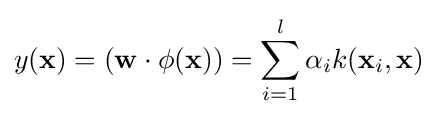
y(\mathbf {x} )=(\mathbf {w} \cdot \phi (\mathbf {x} ))=\sum _{i=1}^{l}\alpha _{i}k(\mathbf {x} _{i},\mathbf {x} )